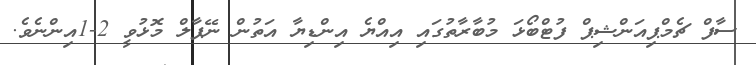
ސާފް ޗެމްޕިއަންޝިޕް ފުޓްބޯޅަ މުބާރާތުގައި އިއްޔެ އިންޑިޔާ އަތުން ނޭޕާލް މޮޅުވީ 2-1އިންނެވެ.